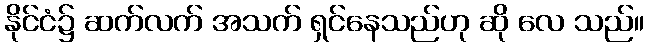
နိုင်ငံ၌ ဆက်လက် အသက် ရှင်နေသည်ဟု ဆို လေ သည်။